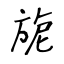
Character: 旎